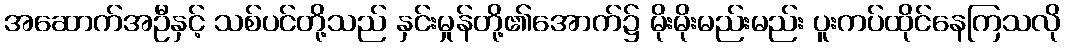
အဆောက်အဦနှင့် သစ်ပင်တို့သည် နှင်းမှုန်တို့၏အောက်၌ မိုးမိုးမည်းမည်း ပူးကပ်ထိုင်နေကြသလို